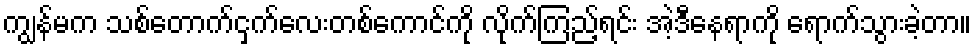
ကျွန်မက သစ်တောက်ငှက်လေးတစ်ကောင်ကို လိုက်ကြည့်ရင်း အဲ့ဒီနေရာကို ရောက်သွားခဲ့တာ။